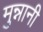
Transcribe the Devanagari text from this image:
मुन्नानी